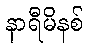
နာရီမိနစ်